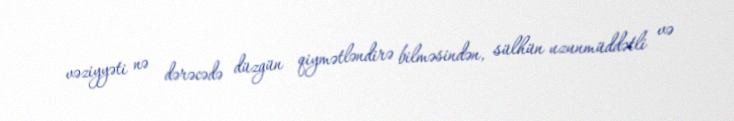
vəziyyəti nə dərəcədə düzgün qiymətləndirə bilməsindən, sülhün uzunmüddətli və